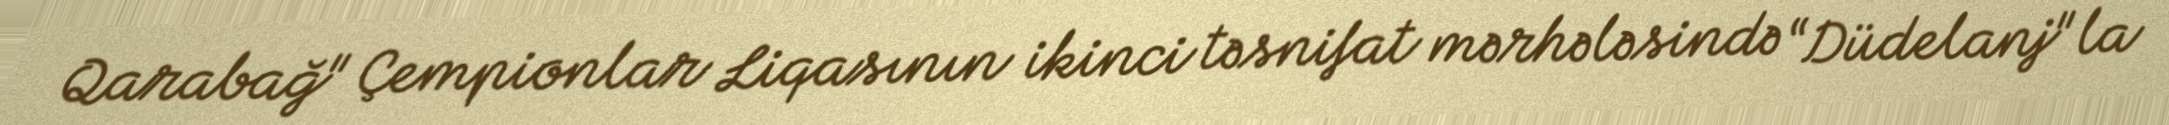
Qarabağ" Çempionlar Liqasının ikinci təsnifat mərhələsində “Düdelanj"la